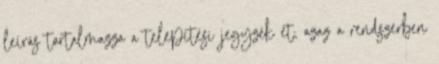
leírás tartalmazza a telepítési jegyzék et, azaz a rendszerben